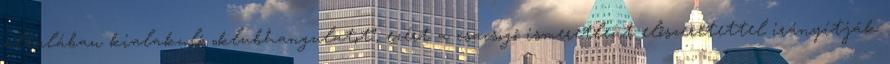
általában kialakuló „klubhangulatot”, ezért a csacsogó ismeretlent előszeretettel irányítják